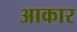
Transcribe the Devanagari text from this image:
अाकार